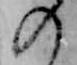
の